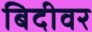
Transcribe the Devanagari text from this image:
बिदीवर